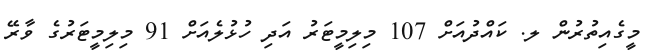
މީގެއިތުރުން ލ. ކައްދުއަށް 107 މިލިމީޓަރު އަދި ހުޅުލެއަށް 91 މިލިމީޓަރުގެ ވާރޭ